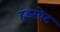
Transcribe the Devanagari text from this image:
हंडरवेट